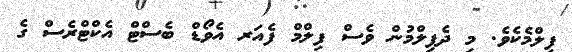
ފިލްމެކެވެ. މި ދެފިލްމުން ވެސް ފިލްމް ފެއަރ އެވޯޑް ބެސްޓް އެކްޓްރެސް ގެ